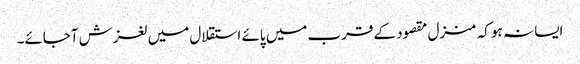
ایسا نہ ہو کہ منزل مقصود کے قرب میں پائے استقلال میں لغزش آجائے۔